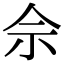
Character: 佘